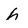
Character: h